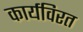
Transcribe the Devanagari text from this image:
कार्यविरत